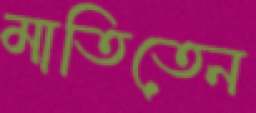
মাতিতেন